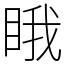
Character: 睋